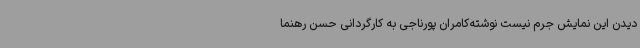
دیدن این نمایش جرم نیست نوشته‌کامران پورناجی به کارگردانی حسن رهنما